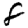
Digit: 8